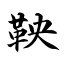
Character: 鞅